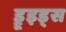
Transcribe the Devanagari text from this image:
ड्रूइड्स